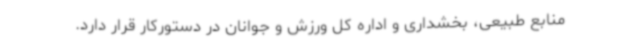
منابع طبیعی، بخشداری و اداره کل ورزش و جوانان در دستورکار قرار دارد.